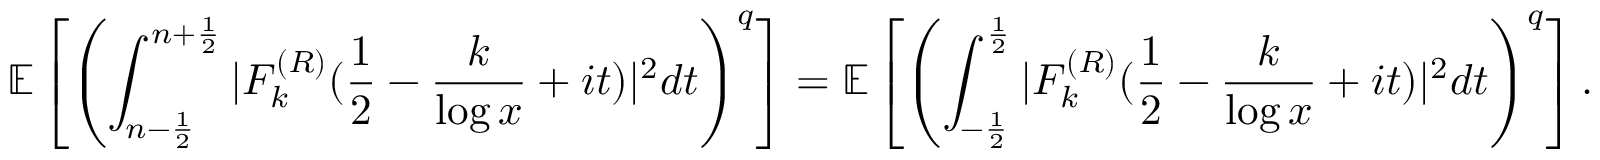
\mathbb E \left[ \left( \int _ { n - \frac { 1 } { 2 } } ^ { n + \frac { 1 } { 2 } } | F _ { k } ^ { ( R ) } ( \frac { 1 } { 2 } - \frac { k } { \log x } + i t ) | ^ { 2 } d t \right) ^ { q } \right] = \mathbb E \left[ \left( \int _ { - \frac { 1 } { 2 } } ^ { \frac { 1 } { 2 } } | F _ { k } ^ { ( R ) } ( \frac { 1 } { 2 } - \frac { k } { \log x } + i t ) | ^ { 2 } d t \right) ^ { q } \right] .